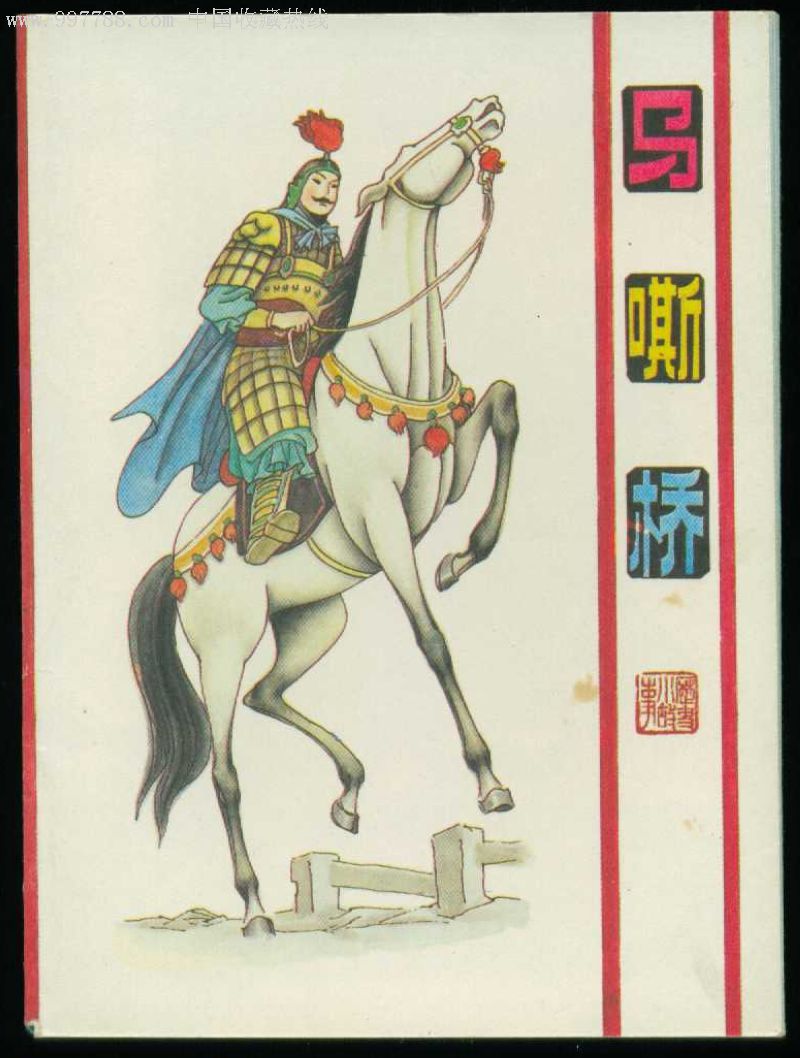
门前行乐客，白马嘶春色。